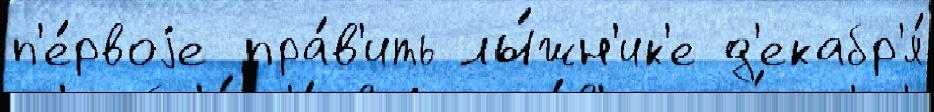
п'е́рвоjе пра́в'ить лы́жн'ик'е д'екабр'я́